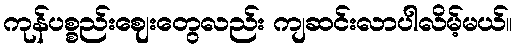
ကုန်ပစ္စည်းဈေးတွေလည်း ကျဆင်းလာပါလိမ့်မယ်။